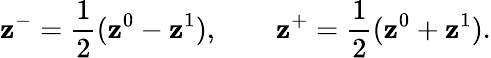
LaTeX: \mathbf{z}^{-}=\frac{{1}}{{2}}(\mathbf{z}^{0}-\mathbf{z}^{1}),\qquad\mathbf{z}^{+}=\frac{{1}}{{2}}(\mathbf{z}^{0}+\mathbf{z}^{1}).